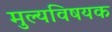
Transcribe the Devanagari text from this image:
मुल्यविषयक